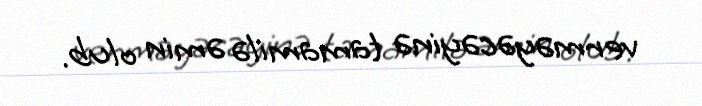
verməyəcəyinə tamamilə əmin olub.